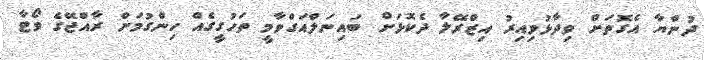
ދުންޔާ އެގޮތަށް ވިދާޅުވިއިރު އިޒްރޭލާ ދެކޮޅަށް ބައިނަލްއަގްވާމީ ތަހުގީގެއް ހިންގުމަށް ރާއްޖޭގެ ވޯޓާ